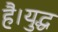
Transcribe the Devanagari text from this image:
है।युद्ध